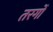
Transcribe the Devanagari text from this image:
तरगोँ